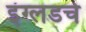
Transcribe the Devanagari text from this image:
इंग्लडचे